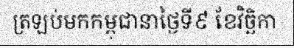
ត្រឡប់មកកម្ពុជានាថ្ងៃទី៩ ខែវិច្ឆិកា